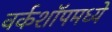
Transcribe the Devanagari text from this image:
वर्कशॉपमध्ये